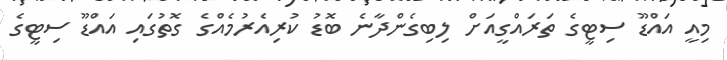
މިއީ އައްޑޫ ސިޓީގެ ތަރައްގީއަށް ލިބިގެންދާނެ ބޮޑު ކުރިއެރުމެއްގެ ގޮތުގައި އައްޑޫ ސިޓީގެ